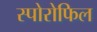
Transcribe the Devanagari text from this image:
स्पोरोफिल